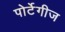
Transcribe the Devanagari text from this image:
पोर्टेगीज